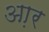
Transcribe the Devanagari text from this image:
आ़र